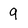
Character: 9